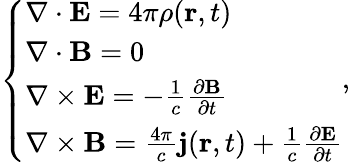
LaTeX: \left\{ \begin{array}{ll}{\nabla\cdot\mathbf{E}=4\pi\rho(\mathbf{r},t)}\\ {\nabla\cdot\mathbf{B}=0}\\ {\nabla\times\mathbf{E}=-\frac{1}{c}\frac{\partial\mathbf{B}}{\partial t}}\\ {\nabla\times\mathbf{B}=\frac{4\pi}{c}\mathbf{j}(\mathbf{r},t)+\frac{1}{c}\frac{\partial\mathbf{E}}{\partial t}}\end{array}\right.,